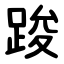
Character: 踆